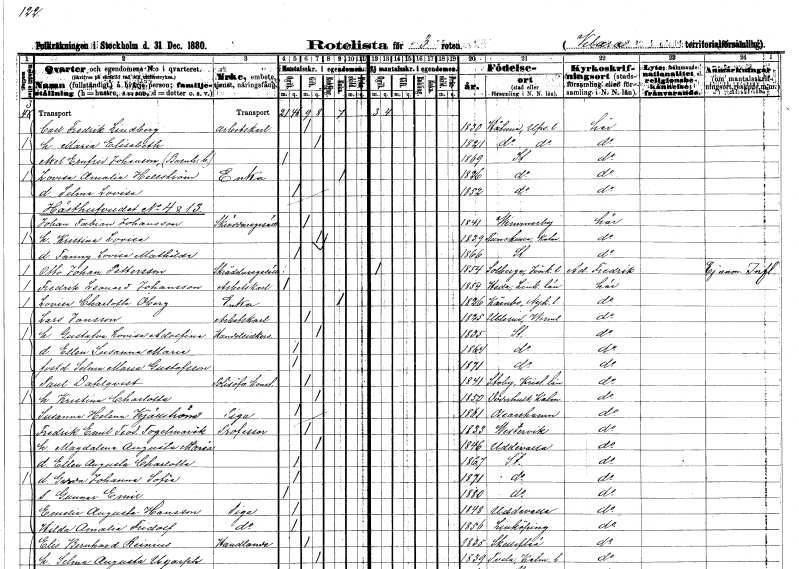
gt_parse: households: individuals: FN: Carl Fredrik
EN: Lindberg
YRKE: Arbetskarl
KON: M
CIV: G
FODAR: 1830
FODFORS: Håtuna Stockholms län
FN: Maria Elisabeth
KON: K
CIV: G
FODAR: 1821
FODFORS: Håtuna Stockholms län
FN: Axel Ernfrid
EN: Johanson
YRKE: Barnhusbarn
KON: M
CIV: O
FODAR: 1869
FODFORS: Stockholm
FN: Lovisa Amalia
EN: Hellström
YRKE: Änka
KON: K
CIV: E
FODAR: 1826
FODFORS: Stockholm
FN: Selma Lovisa
KON: K
CIV: O
FODAR: 1852
FODFORS: Stockholm
FN: Johan Fabian
EN: Johansson
YRKE: Skräddaregesäll
KON: M
CIV: G
FODAR: 1841
FODFORS: Vimmerby Kalmar län
FN: Kristina Lovisa
KON: K
CIV: G
FODAR: 1839
FODFORS: Rumskulla Kalmar län
FN: Fanny Lovisa Mathilda
KON: K
CIV: O
FODAR: 1866
FODFORS: Stockholm
FN: Otto Johan
EN: Pettersson
YRKE: Skräddaregesäll
KON: M
CIV: O
FODAR: 1854
FODFORS: Solberga Jönköpings län
FN: Fredrik Leonard
EN: Johansson
YRKE: Arbetskarl
KON: M
CIV: O
FODAR: 1854
FODFORS: Heda Östergötlands län
FN: Lovisa Charlotta
EN: Öberg
YRKE: Änka
KON: K
CIV: E
FODAR: 1826
FODFORS: Kärnbo Södermanlands län
FN: Lars
EN: Jonsson
YRKE: Arbetskarl
KON: M
CIV: G
FODAR: 1825
FODFORS: Ullerud Värmlands län
FN: Gustafva Lovisa Adolfina
YRKE: Handelsidkare
KON: K
CIV: G
FODAR: 1835
FODFORS: Stockholm
FN: Ellen Susanna Maria
KON: K
CIV: O
FODAR: 1864
FODFORS: Stockholm
FN: Selma Maria
EN: Gustafsson
KON: K
CIV: O
FODAR: 1871
FODFORS: Stockholm
FN: Paul
EN: Dahlqvist
YRKE: Polisöverkonstapel
KON: M
CIV: G
FODAR: 1841
FODFORS: Stoby Kristianstads län
FN: Kristina Charlotta
KON: K
CIV: G
FODAR: 1850
FODFORS: Döderhult Kalmar län
FN: Susanna Helena
EN: Kjällström
YRKE: Piga
KON: K
CIV: O
FODAR: 1861
FODFORS: Oskarshamn Kalmar län
FN: Fredrik Emil Teodor
EN: Fogelmarck
YRKE: Professor
KON: M
CIV: G
FODAR: 1833
FODFORS: Västervik Kalmar län
FN: Magdalena Augusta Maria
KON: K
CIV: G
FODAR: 1846
FODFORS: Uddevalla Göteborgs- och Bohuslän
FN: Ellen Augusta Charlotta
KON: K
CIV: O
FODAR: 1867
FODFORS: Stockholm
FN: Gerda Johanna Sofia
KON: K
CIV: O
FODAR: 1871
FODFORS: Stockholm
FN: Gunnar Emil
KON: M
CIV: O
FODAR: 1880
FODFORS: Stockholm
FN: Emelie Augusta
EN: Hansson
YRKE: Piga
KON: K
CIV: O
FODAR: 1848
FODFORS: Uddevalla Göteborgs- och Bohuslän
FN: Hilda Amalia
EN: Fridolf
YRKE: Piga
KON: K
CIV: O
FODAR: 1856
FODFORS: Linköping Östergötlands län
FN: Elis Bernhard
EN: Reinius
YRKE: Handlande
KON: M
CIV: G
FODAR: 1835
FODFORS: Skellefteå Västerbottens län
FN: Selma Augusta
EN: Ugarph
KON: K
CIV: G
FODAR: 1839
FODFORS: Tveta Kalmar län